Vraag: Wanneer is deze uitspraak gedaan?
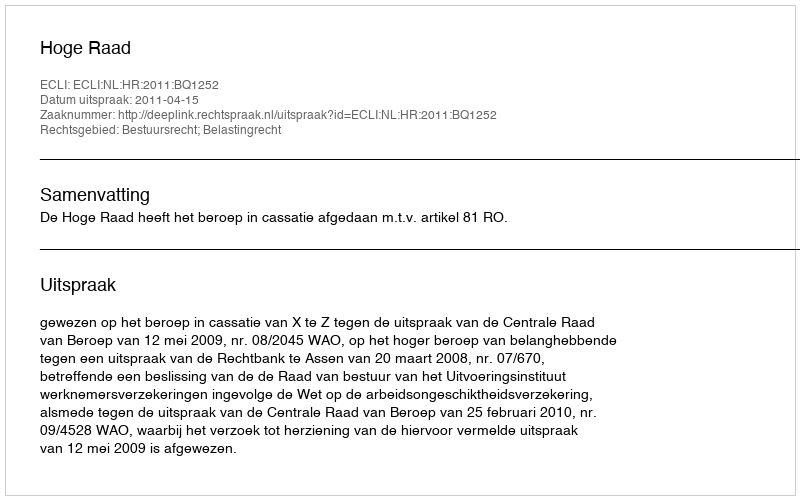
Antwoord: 2011-04-15